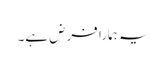
یہ ہمارا فرض ہے۔